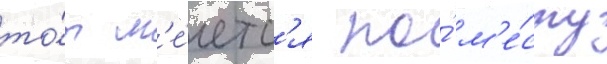
то́т м'е́четс'я по́ м'е́сту